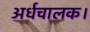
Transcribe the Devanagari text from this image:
अर्धचालक।